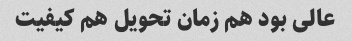
عالی بود هم زمان تحویل هم کیفیت